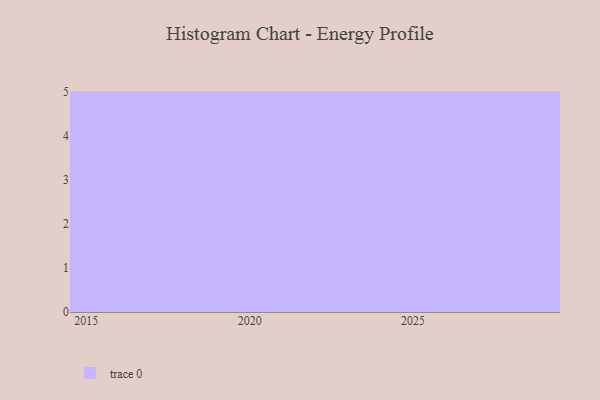
{"axis": {"x": "Year", "y": "Demand Index"}, "legend": [""], "data": [{"x": "2019", "y": 74, "type": ""}, {"x": "2024", "y": 94, "type": ""}, {"x": "2025", "y": 48, "type": ""}, {"x": "2018", "y": 54, "type": ""}, {"x": "2016", "y": 56, "type": ""}, {"x": "2028", "y": 34, "type": ""}, {"x": "2015", "y": 55, "type": ""}, {"x": "2023", "y": 63, "type": ""}, {"x": "2029", "y": 69, "type": ""}, {"x": "2026", "y": 73, "type": ""}, {"x": "2027", "y": 50, "type": ""}, {"x": "2022", "y": 47, "type": ""}, {"x": "2020", "y": 23, "type": ""}, {"x": "2021", "y": 61, "type": ""}, {"x": "2017", "y": 7, "type": ""}]}